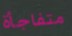
متفاجأة